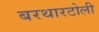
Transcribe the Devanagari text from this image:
बरथारटोली